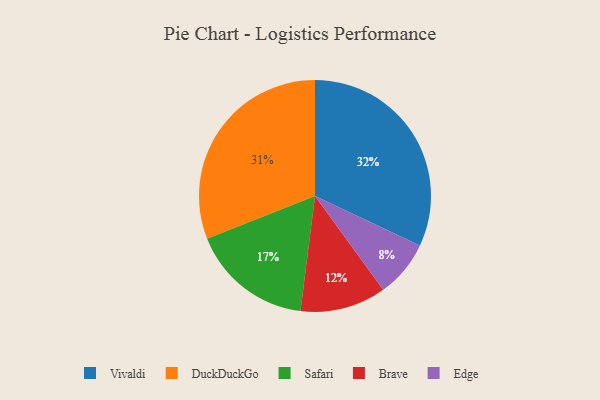
{"axis": {"x": "Category", "y": "Percentage"}, "legend": ["Brave", "DuckDuckGo", "Edge", "Safari", "Vivaldi"], "data": [{"x": "Vivaldi", "y": 32, "type": "Vivaldi"}, {"x": "Brave", "y": 12, "type": "Brave"}, {"x": "Safari", "y": 17, "type": "Safari"}, {"x": "DuckDuckGo", "y": 31, "type": "DuckDuckGo"}, {"x": "Edge", "y": 8, "type": "Edge"}]}